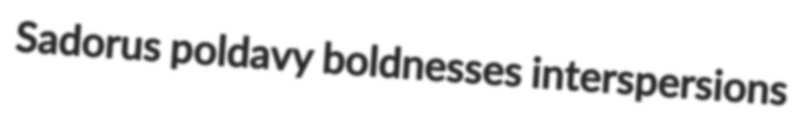
Sadorus poldavy boldnesses interspersions